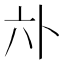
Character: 𱏳